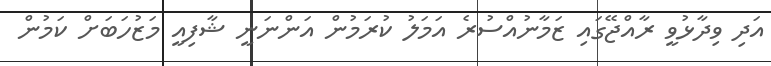
އަދި ވިދާޅުވީ ރާއްޖޭގައި ޒަމާނުއްސުރެ އަމަލު ކުރަމުން އަންނަނީ ޝާފިއީ މަޒުހަބަށް ކަމުން